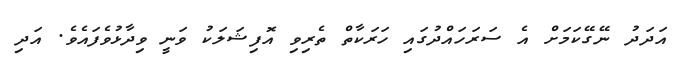
އަދަދު ނޭގޭކަމަށް އެ ސަރަހައްދުގައި ހަރަކާތް ތެރިވި އޮފިޝަލަކު ވަނީ ވިދާޅުވެފައެވެ. އަދި